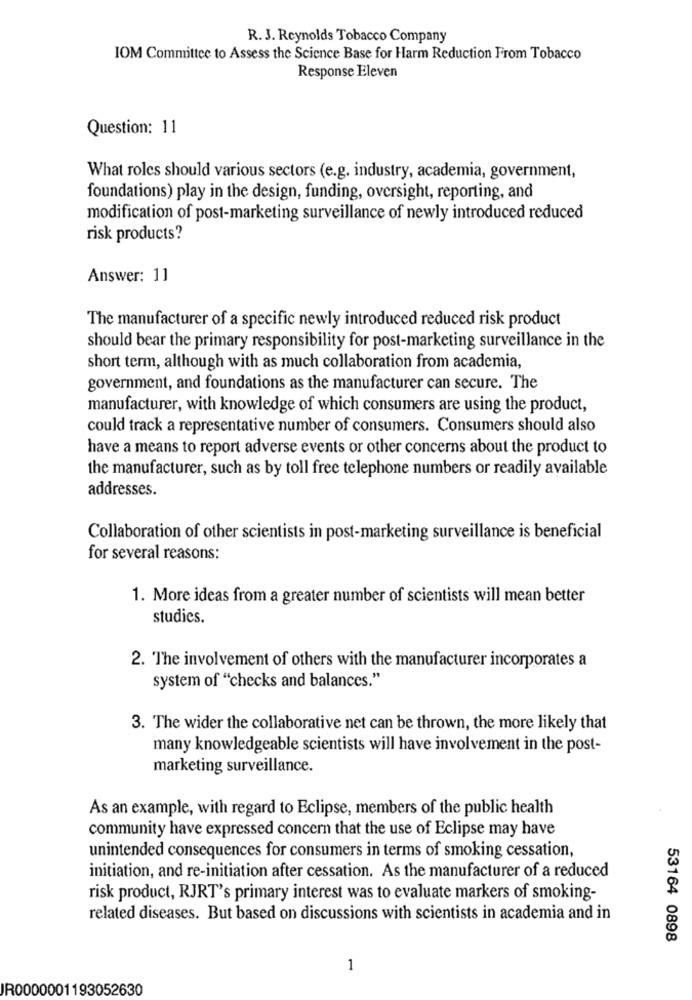
R. J. Reynolds Tobacco Company
IOM Committee to Assess the Science Base for Harm Reduction From Tobacco
Response Eleven
Question: 11
What roles should various sectors (e.g. industry, academia, government,
foundations) play in the design, funding, oversight, reporting, and
modification of post-marketing surveillance of newly introduced reduced
risk products?
Answer: 11
The manufacturer of a specific newly introduced reduced risk product
should bear the primary responsibility for post-marketing surveillance in the
short term, although with as much collaboration from academia,
government, and foundations as the manufacturer can secure. The
manufacturer, with knowledge of which consumers are using the product,
could track a representative number of consumers. Consumers should also
have a means to report adverse events or other concerns about the product to
the manufacturer, such as by toll free telephone numbers or readily available
addresses.
Collaboration of other scientists in post-marketing surveillance is beneficial
for several reasons:
1. More ideas from a greater number of scientists will mean better
studies.
2. The involvement of others with the manufacturer incorporates a
system of "checks and balances."
3. The wider the collaborative net can be thrown, the more likely that
many knowledgeable scientists will have involvement in the post-
marketing surveillance.
As an example, with regard to Eclipse, members of the public health
community have expressed concern that the use of Eclipse may have
unintended consequences for consumers in terms of smoking cessation,
initiation, and re-initiation after cessation. As the manufacturer of a reduced
risk product, RJRT's primary interest was to evaluate markers of smoking-
related diseases. But based on discussions with scientists in academia and in
53164 0898
1
IR0000001193052630